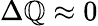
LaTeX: \Delta\mathbb{Q}\approx0